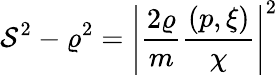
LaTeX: \mathcal{S}^{2}-\varrho^{2}=\left|\frac{{2\varrho}}{{m}}\frac{{(p,\xi)}}{{\chi}}\right|^{2}